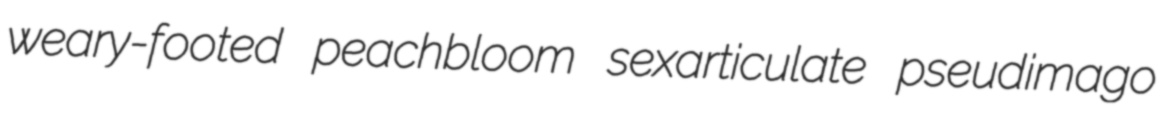
weary-footed peachbloom sexarticulate pseudimago